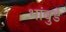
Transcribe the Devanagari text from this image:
भांबुर्डे